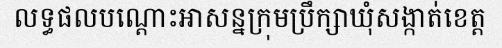
លទ្ធផលបណ្តោះអាសន្នក្រុមប្រឹក្សាឃុំសង្កាត់ខេត្ត